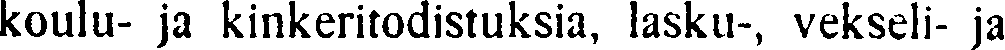
koulu- ja kinkeritodistuksia, lasku-, vekseli- ja